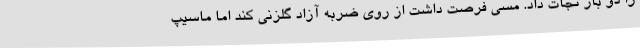
را دو بار نجات داد. مسی فرصت داشت از روی ضربه آزاد گلزنی کند اما ماسیپ